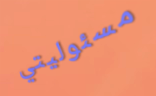
مسئوليتي